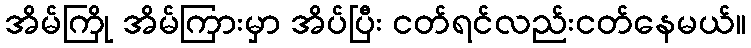
အိမ်ကြို အိမ်ကြားမှာ အိပ်ပြီး ငတ်ရင်လည်းငတ်နေမယ်။